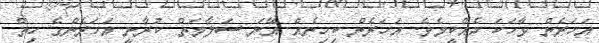
އަހަރެން ވާހަކަ ދެއްކީމެވެ. އަހަރެން ކިހިނެއް އޭނަ ސަލާމަތް ކުރާނީ އަހަރެންގެ ހިތް